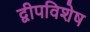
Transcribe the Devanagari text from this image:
द्वीपविशेष